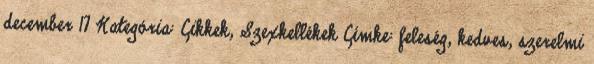
december 17 Kategória: Cikkek, Szexkellékek Címke: feleség, kedves, szerelmi